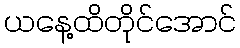
ယနေ့ထိတိုင်အောင်